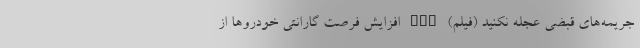
جریمه‌های قبضی عجله نکنید (فیلم) nan افزایش فرصت گارانتی خودروها از